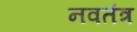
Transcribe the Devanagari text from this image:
नवतंत्र